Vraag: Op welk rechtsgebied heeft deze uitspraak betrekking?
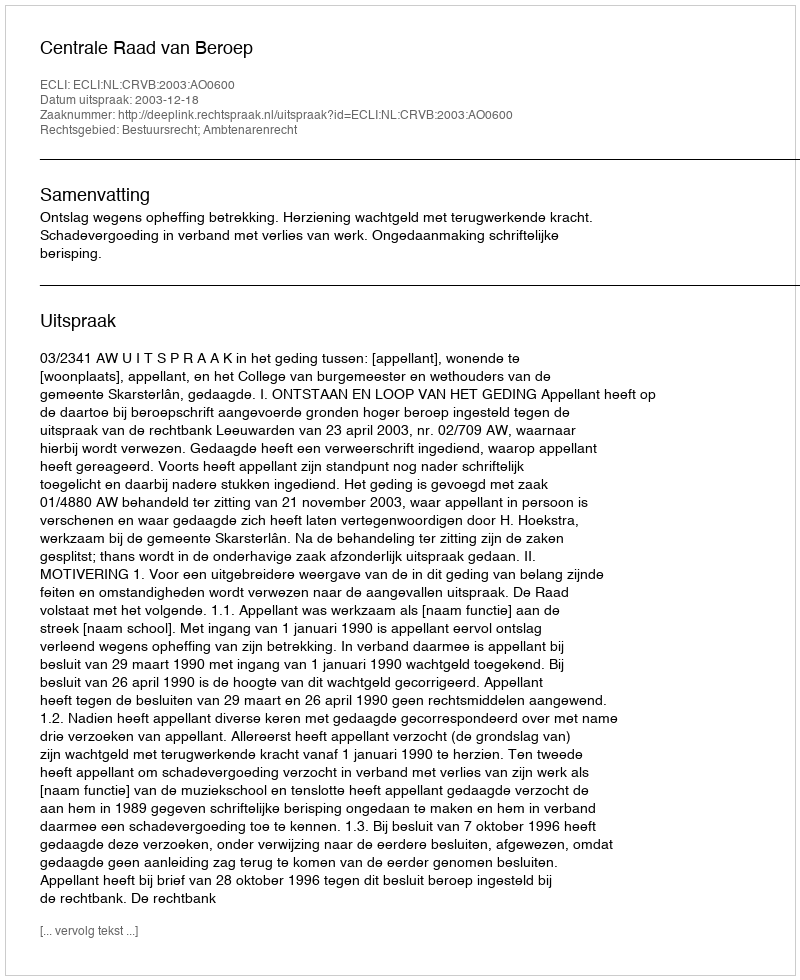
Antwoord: Bestuursrecht; Ambtenarenrecht